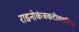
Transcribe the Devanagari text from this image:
राइनोकंजकटीवाइटिस